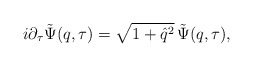
\begin{align*}i \partial_{\tau} \tilde{\Psi}(q, \tau) = \sqrt{1 + {\hat q}^{2}}\, \tilde{\Psi}(q, \tau),\end{align*}